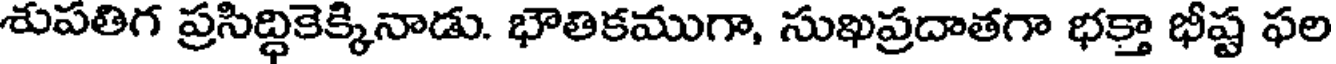
శుపతిగ ప్రసిద్ధికెక్కినాడు. భౌతికముగా, సుఖప్రదాతగా భక్తా భీష్ట ఫల